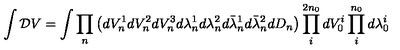
\int { \cal D } V = \int \prod _ { n } \left( d V _ { n } ^ { 1 } d V _ { n } ^ { 2 } d V _ { n } ^ { 3 } d \lambda _ { n } ^ { 1 } d \lambda _ { n } ^ { 2 } d \bar { \lambda } _ { n } ^ { 1 } d \bar { \lambda } _ { n } ^ { 2 } d D _ { n } \right) \prod _ { i } ^ { 2 n _ { 0 } } d V _ { 0 } ^ { i } \prod _ { i } ^ { n _ { 0 } } d \lambda _ { 0 } ^ { i }